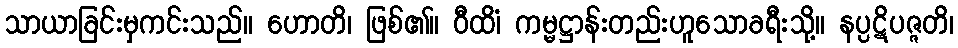
သာယာခြင်းမှကင်းသည်။ ဟောတိ၊ ဖြစ်၏။ ဝီထိံ၊ ကမ္မဋ္ဌာန်းတည်းဟူသောခရီးသို့။ နပ္ပဋိပဇ္ဇတိ၊